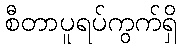
စီတာပူရပ်ကွက်ရှိ